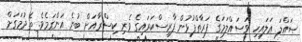
ޞައްލަ ޢަލައިހި ވަސައްލަމަގެ ފަރާތްޕުޅުން ފާރިސްކަރައިގެ ވެރި ކިސްރާއަށް ބުނެ އަންގަމެވެ. ތެދުމަގަށް